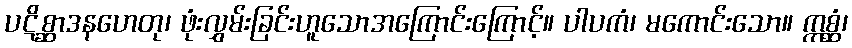
ပဋိစ္ဆာဒနဟေတု၊ ဖုံးလွှမ်းခြင်းဟူသောအကြောင်းကြောင့်။ ပါပကံ၊ မကောင်းသော။ ဣစ္ဆံ၊